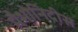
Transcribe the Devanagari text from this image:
मैभोनिदीस